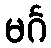
မင်္ဂ